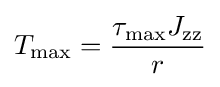
T_{\max }={\frac {{\tau }_{\max }J_{\text{zz}}}{r}}